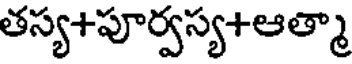
తస్య+పూర్వస్య+ఆత్మా